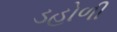
ડહોળી